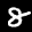
Label: 8